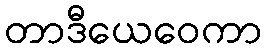
တာဒီယေဝေကာ